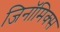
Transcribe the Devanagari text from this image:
जिनॉमिक्स